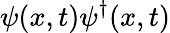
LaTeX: \psi(x,t)\psi^{\dagger}(x,t)